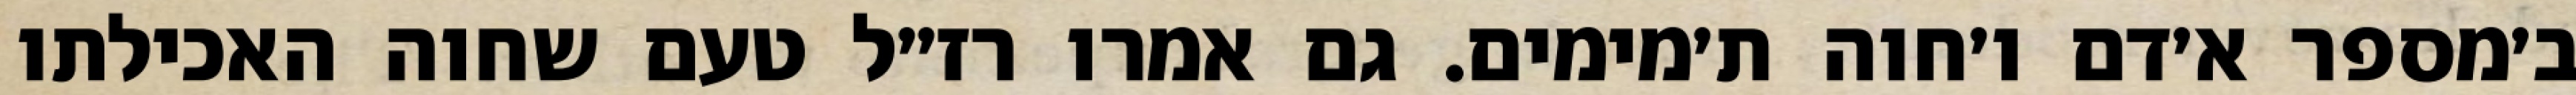
ב׳מספר א׳דם ו׳חוה ת׳מימים. גם אמרו רז״ל טעם שחוה האכילתו